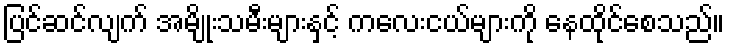
ပြင်ဆင်လျက် အမျိုးသမီးများနှင့် ကလေးငယ်များကို နေထိုင်စေသည်။